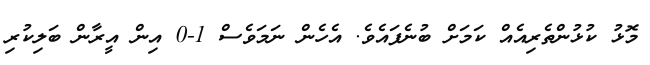
މޮޅު ކުޅުންތެރިއެއް ކަމަށް ބުނެފައެވެ. އެހެން ނަމަވެސް 1-0 އިން އީރާން ބަލިކުރި